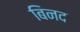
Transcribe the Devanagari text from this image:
बिनद